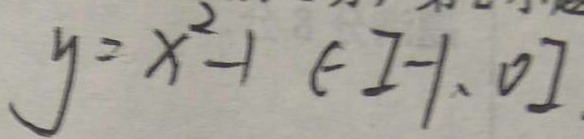
y = x ^ { 2 } - 1 \epsilon [ - 1 , 0 ]